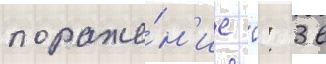
пораже́н'ие 0: 3 в